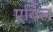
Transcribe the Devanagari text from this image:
एर्बिल